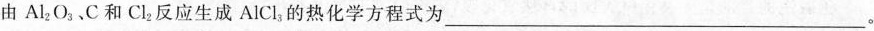
由Al_{2}O_{3}、C和Cl_{2}反应生成AlCl_{3}的热化学方程式为___。